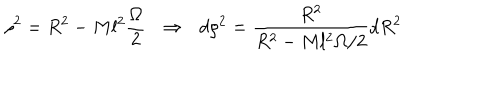
LaTeX: \rho ^ { 2 } = R ^ { 2 } - M l ^ { 2 } \frac { \Omega } { 2 } \: \: \: \Rightarrow \: \: \: d \rho ^ { 2 } = \frac { R ^ { 2 } } { R ^ { 2 } - M l ^ { 2 } \Omega / 2 } d R ^ { 2 }